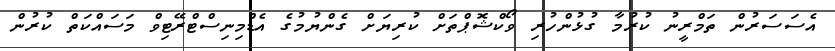
އެސަސަރުން ތަމްރީނު ކުރުމާ ގުޅުންހުރި ވޯކްޝޮޕްތަށް ކުރިޔަށް ގެންޔުމުގެ އެޑްމިނިސްޓްރޭޓިވް މަސައްކަތް ކުރުން